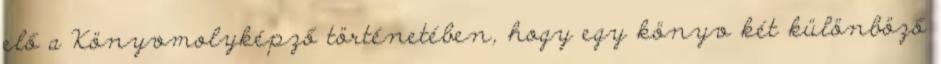
elő a Könyvmolyképző történetében, hogy egy könyv két különböző